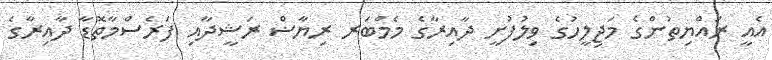
އެއީ ރައްޔިތުންގެ މަޖިލީހުގެ ވިލުފުށީ ދާއިރާގެ މެމްބަރ ރިޔާޟް ރަޝީދާއި ފަރެސްމާތޮޑާ ދާއިރާގެ